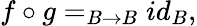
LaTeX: f\circ g=_{B\rightarrow B}id_{B},